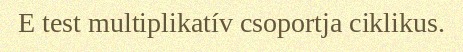
E test multiplikatív csoportja ciklikus.